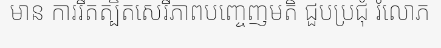
មាន ការរឹតត្បិតសេរីភាពបញ្ចេញមតិ ជួបប្រជុំ រំលោភ